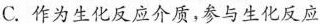
C. 作为生化反应介质，参与生化反应